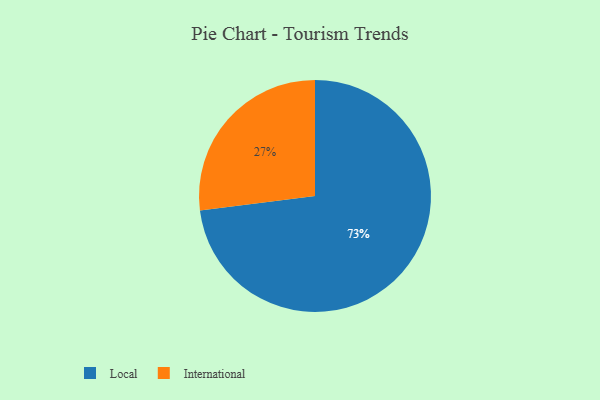
{"axis": {"x": "Category", "y": "Percentage"}, "legend": ["International", "Local"], "data": [{"x": "Local", "y": 73, "type": "Local"}, {"x": "International", "y": 27, "type": "International"}]}